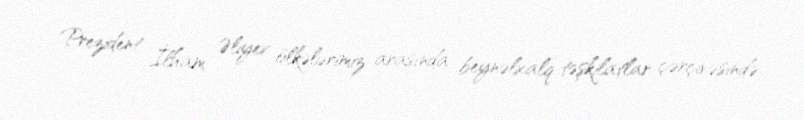
Prezident İlham Əliyev ölkələrimiz arasında beynəlxalq təşkilatlar çərçivəsində